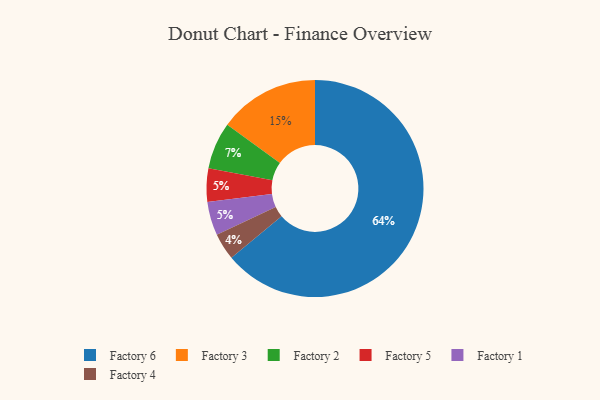
{"axis": {"x": "Category", "y": "Percentage"}, "legend": ["Factory 1", "Factory 2", "Factory 3", "Factory 4", "Factory 5", "Factory 6"], "data": [{"x": "Factory 3", "y": 15, "type": "Factory 3"}, {"x": "Factory 2", "y": 7, "type": "Factory 2"}, {"x": "Factory 6", "y": 64, "type": "Factory 6"}, {"x": "Factory 5", "y": 5, "type": "Factory 5"}, {"x": "Factory 1", "y": 5, "type": "Factory 1"}, {"x": "Factory 4", "y": 4, "type": "Factory 4"}]}